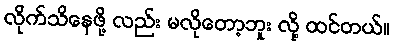
လိုက်သိနေဖို့ လည်း မလိုတော့ဘူး လို့ ထင်တယ်။